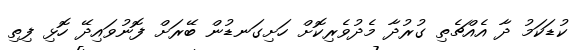
ކުޑަކަމު ދާ އެއްޗެތި ގުރުދާ މެދުވެރިކޮށް ހަށިގަނޑުން ބޭރަށް ފޮނުވައިދޭ ހޮޅި ފިތި